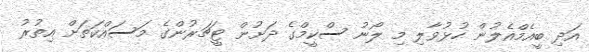
އަދި ބީއެމްއެލުން ހުޅުވާލި މި ލޯނު ސްކީމްގެ ދަށުން ޓީޗަރުންގެ މަސައްކަތަށް އިތުރު